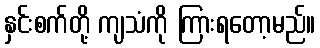
နှင်းစက်တို့ ကျသံကို ကြားရတော့မည်။